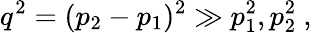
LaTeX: q^{2}=(p_{2}-p_{1})^{2}\gg p_{1}^{2},p_{2}^{2}~,